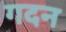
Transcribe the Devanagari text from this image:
गदन